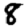
Digit: 8